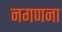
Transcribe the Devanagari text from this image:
नगणना